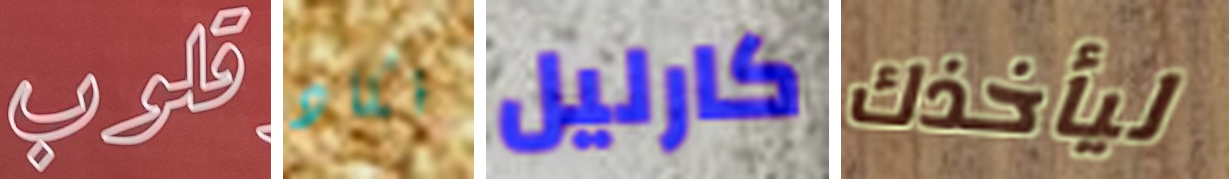
قلوب نكاد كارليل ليأخذك